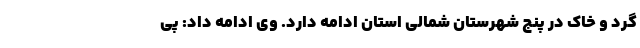
گرد و خاک در پنج شهرستان شمالی استان ادامه دارد. وی ادامه داد: پی